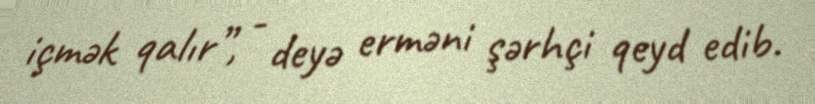
içmək qalır”, - deyə erməni şərhçi qeyd edib.